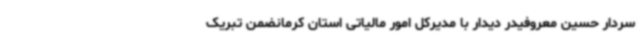
سردار حسین معروفیدر دیدار با مدیرکل امور مالیاتی استان کرمانضمن تبریک